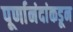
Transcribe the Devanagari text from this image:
पूर्णानंदांकडून